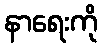
နာရေးကို